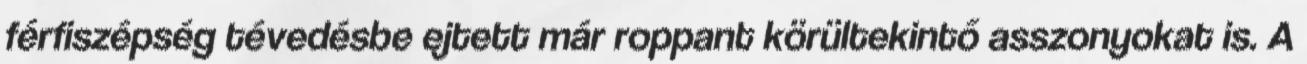
férfiszépség tévedésbe ejtett már roppant körültekintő asszonyokat is. A